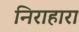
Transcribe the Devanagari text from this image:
निराहारा